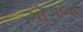
ગોગલા